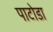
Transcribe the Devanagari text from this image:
पाटोडा